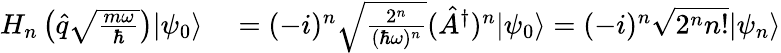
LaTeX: \begin{array}{rl}{H_{n}\left(\hat{q}\sqrt{\frac{m\omega}{\hbar}}\right)|\psi_{0}\rangle}&{{}=(-i)^{n}\sqrt{\frac{2^{n}}{(\hbar\omega)^{n}}}(\hat{A}^{\dagger})^{n}|\psi_{0}\rangle=(-i)^{n}\sqrt{2^{n}n!}|\psi_{n}\rangle}\end{array}